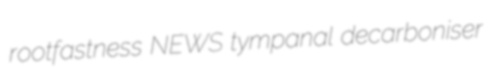
rootfastness NEWS tympanal decarboniser